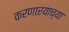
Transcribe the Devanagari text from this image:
करणाऱयाच्या